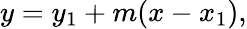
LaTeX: y=y_{1}+m(x-x_{1}),